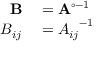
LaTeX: \begin{array} { r l } { \mathbf { B } } & { { } = \mathbf { A } ^ { \circ - 1 } } \\ { B _ { i j } } & { { } = { A _ { i j } } ^ { - 1 } } \end{array}